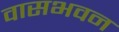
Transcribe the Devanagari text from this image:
वासभवन